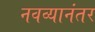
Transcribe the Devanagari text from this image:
नवव्यानंतर